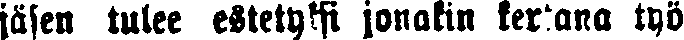
jäsen tulee estetyksi jonakin kertana työ